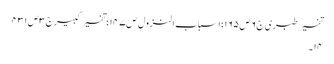
تفسیر طبری ج٦ص١٦٥؛اسباب النزول ص١٤٧؛تفسیر کبیرج٣ص٤٣١
١٤۔